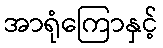
အာရုံကြောနှင့်